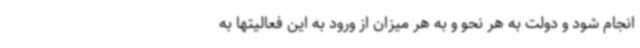
انجام شود و دولت به هر نحو و به هر میزان از ورود به این فعالیتها به